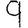
Digit: 9